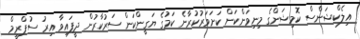
އިލެކްޝަންސް ކޮމިޝަންގެ މިނިވަންކަން ކަށަވަރުކުރާނެ ކަމުގެ ޔަގީންކަން ސަރުކާރުން ދީފައިވާ އިރު ސުޕްރީމް